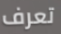
تعرف